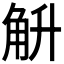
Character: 𮗤